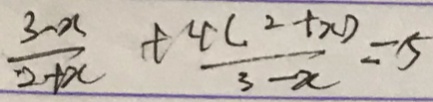
\frac { 3 - x } { 2 + x } + \frac { 4 ( 2 + x ) } { 3 - x } = 5